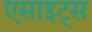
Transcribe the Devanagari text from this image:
एसाइट्स